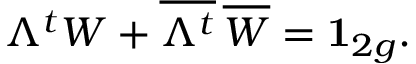
\Lambda ^ { t } W + { \overline { { { \Lambda ^ { t } } } } } \, { \overline { { { W } } } } = { \bf { 1 } } _ { 2 g } .